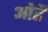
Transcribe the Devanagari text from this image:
ओढैं